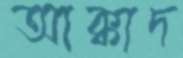
আক্কাদ